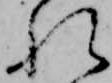
れ